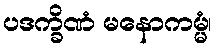
ပဒက္ခိဏံ မနောကမ္မံ၊